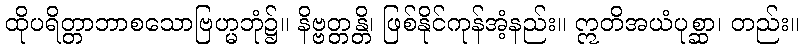
ထိုပရိတ္တာဘာစသောဗြဟ္မဘုံ၌။ နိဗ္ဗတ္တန္တိ၊ ဖြစ်နိုင်ကုန်အံ့နည်း။ ဣတိအယံပုစ္ဆာ၊ တည်း။